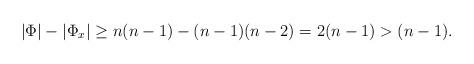
LaTeX: \begin{align*}|\Phi|-|\Phi_x|\geq n(n-1)-(n-1)(n-2) = 2(n-1)>(n-1).\end{align*}